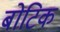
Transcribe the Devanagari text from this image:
बोटिक